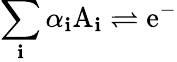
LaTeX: \sum_{\mathbf{i}}\alpha_{\mathbf{i}}\mathrm{{A}}_{\mathbf{i}}\rightleftharpoons\mathrm{{e^{-}}}